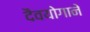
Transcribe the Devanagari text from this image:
दैवयोगाने